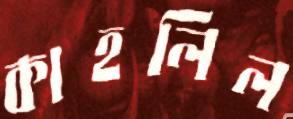
কাহলিল